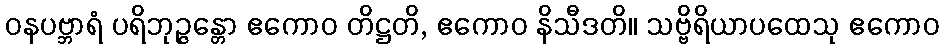
ဝနပဗ္ဘာရံ ပရိဘုဉ္ဇန္တော ဧကောဝ တိဋ္ဌတိ, ဧကောဝ နိသီဒတိ။ သဗ္ဗိရိယာပထေသု ဧကောဝ